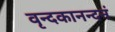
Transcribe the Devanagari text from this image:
वृन्दकानन्दनं